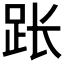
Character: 𫏃